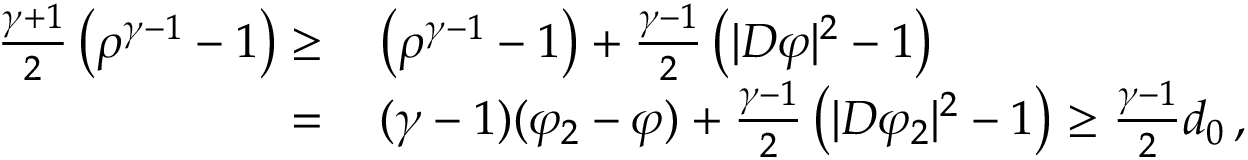
\begin{array} { r l } { \frac { \gamma + 1 } { 2 } \left( \rho ^ { \gamma - 1 } - 1 \right) \geq \, } & { \left( \rho ^ { \gamma - 1 } - 1 \right) + \frac { \gamma - 1 } { 2 } \left( | D \varphi | ^ { 2 } - 1 \right) } \\ { = \, } & { ( \gamma - 1 ) ( \varphi _ { 2 } - \varphi ) + \frac { \gamma - 1 } { 2 } \left( | D \varphi _ { 2 } | ^ { 2 } - 1 \right) \geq \frac { \gamma - 1 } { 2 } d _ { 0 } \, , } \end{array}